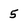
Character: 5